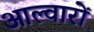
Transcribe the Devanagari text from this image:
आल्वारों